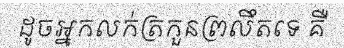
ដូចអ្នកលក់ត្រកួនព្រលឹតទេ គឺ